Riigikantselei, lk 5
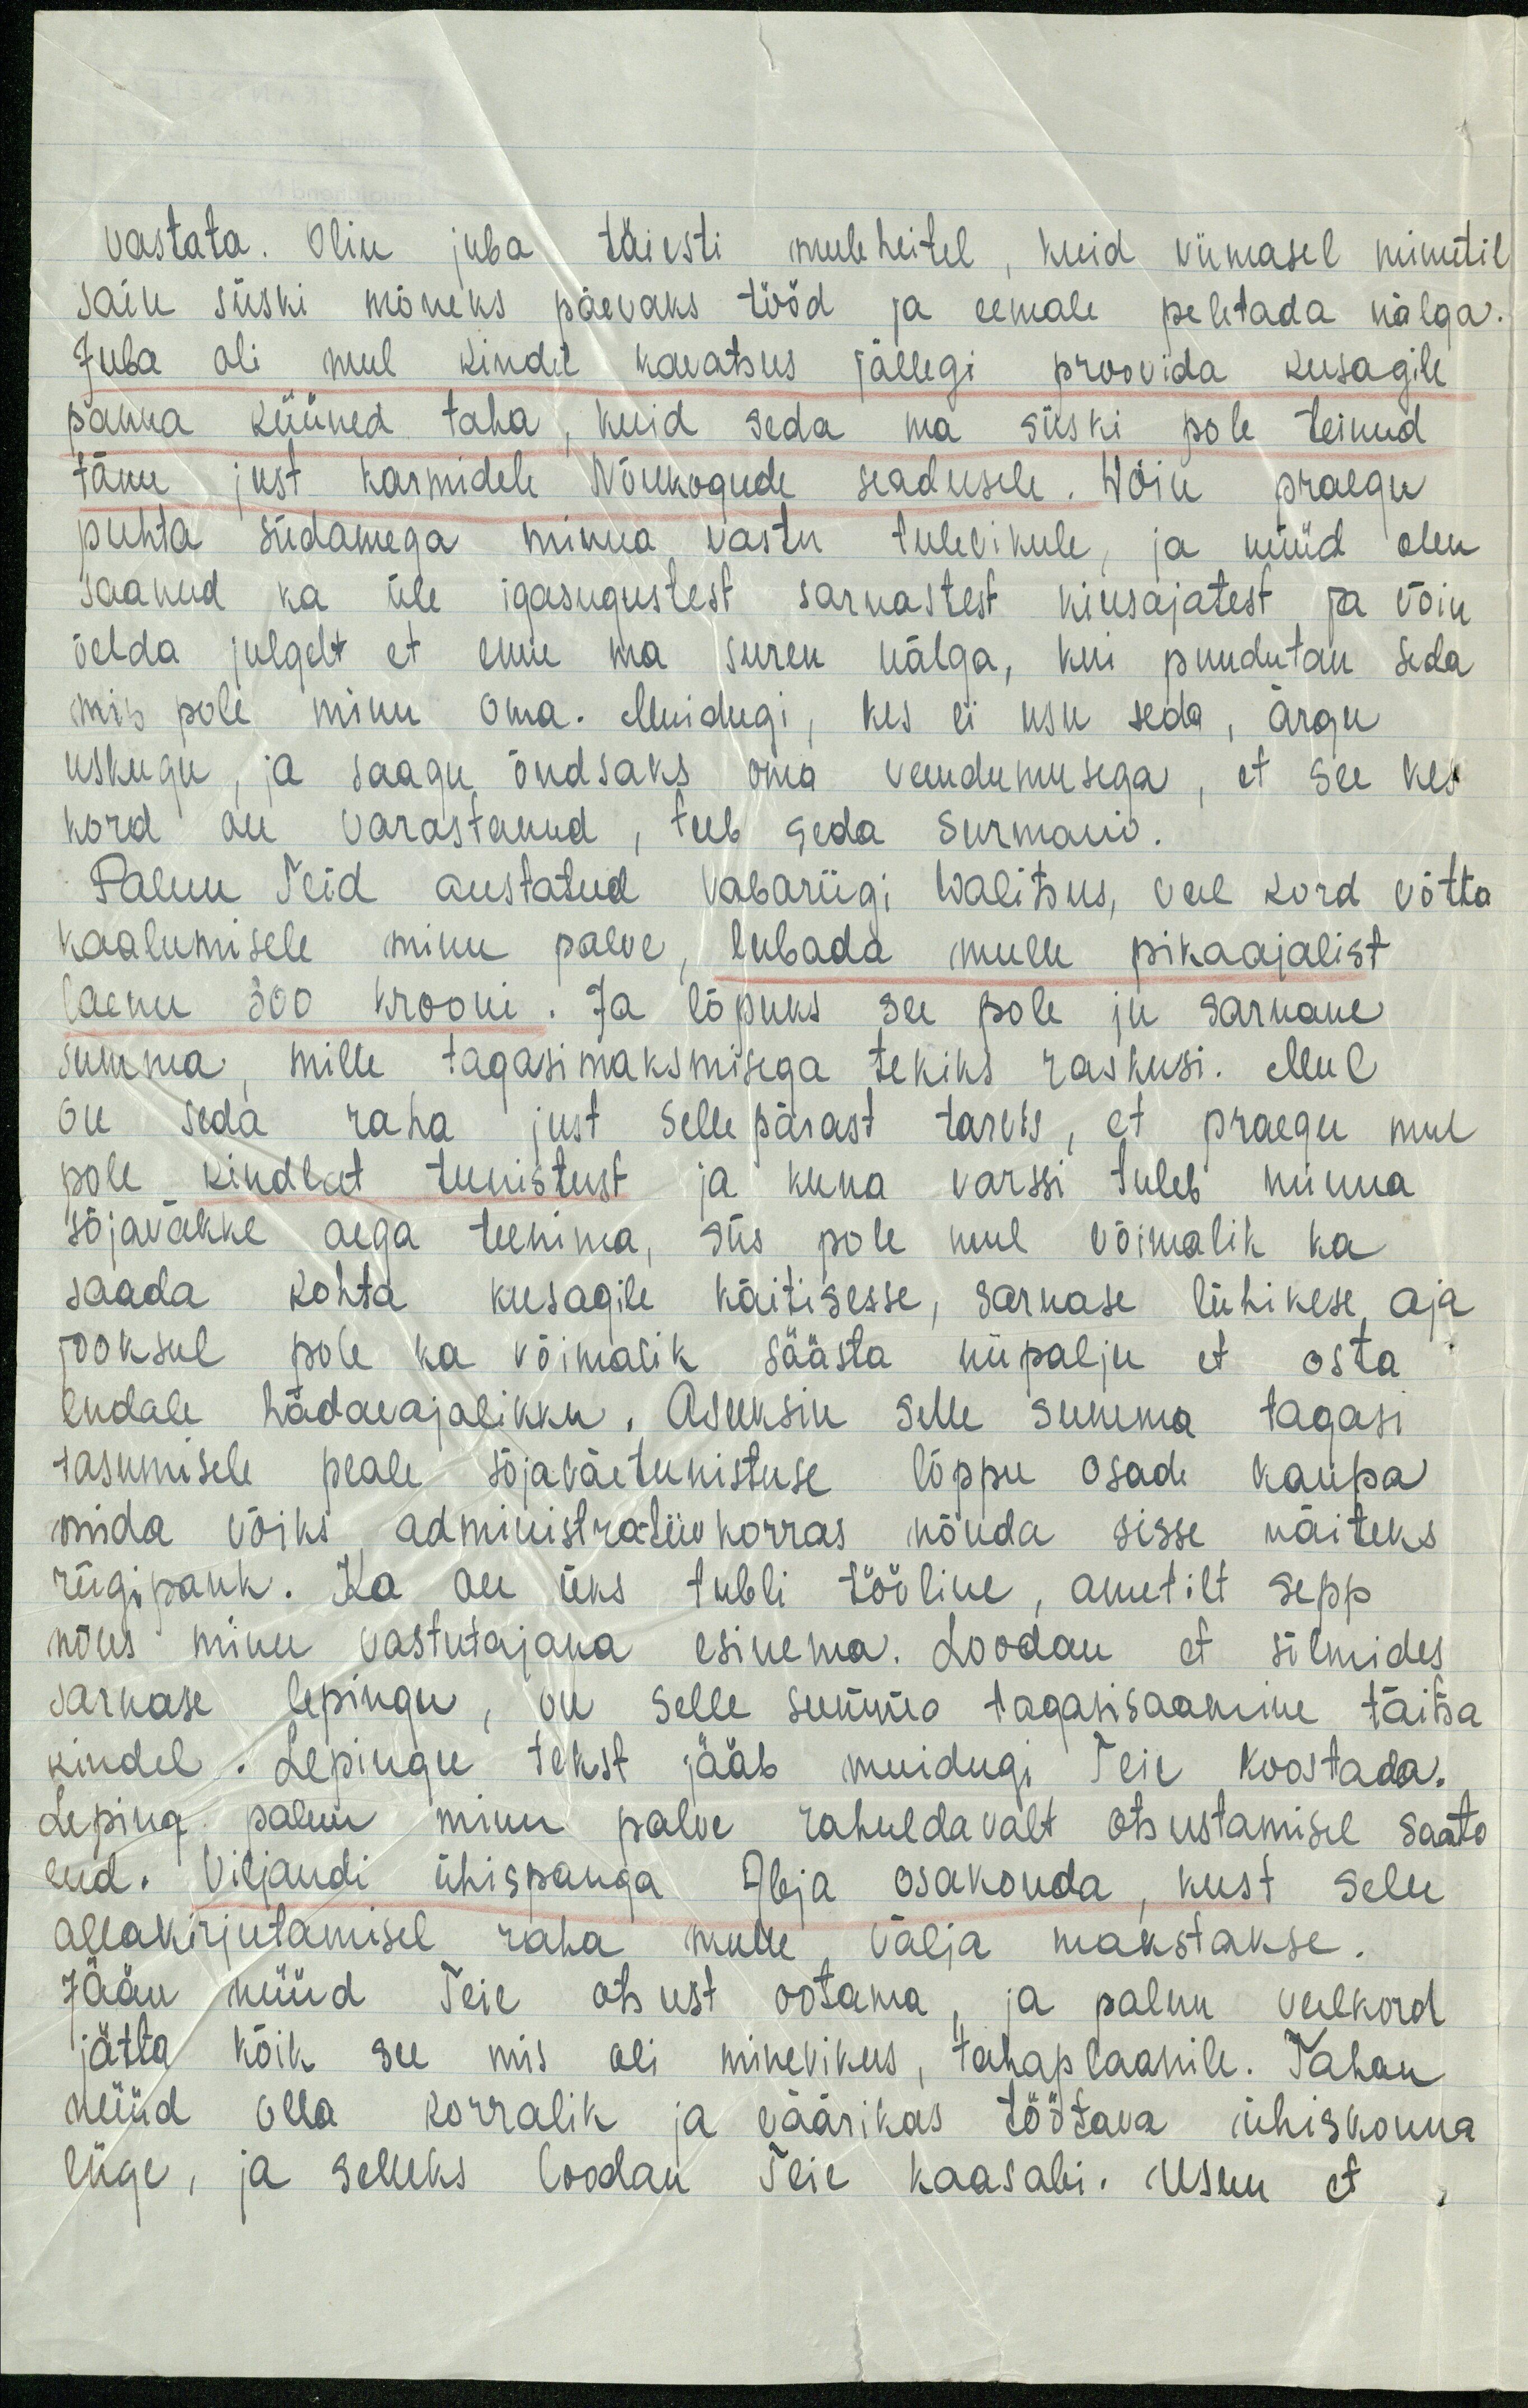
vastata. Olin juba täiesti meeleheitel, kuid viimasel minutil
sain siiski mõneks päevaks tööd ja eemale peletada nälga.
Juba oli mul kindel kavatsus jällegi proovida kusagile
panna küüned taha, kuid seda ma siiski pole teinud
tänu just karmidele Nõukogude seadusele. Wõin praegu
puhta südamega minna vastu tulevikule, ja nüüd olen
saanud ka üle igasugustest sarnastest kiusajatest ja võin
öelda julgelt et enne ma suren nälga, kui puudutan seda
mis pole minu oma. Muidugi, kes ei usu seda, ärgu
uskugu, ja saagu õudsaks oma vendumustega, et see kes
kord on varastanud, teeb seda surmani.
Palun Teid austatud Vabariigi Walitsus, veel kord võtta
kaalumisele minu palve, lubada mulle pikaajalist
laenu 300 krooni. Ja lõpuks see pole ju sarnane
summa, mille tagasimaksmisega tekiks raskusi. Mul
on seda raha just sellepärast tarvis, et praegu mul
pole kindlat tunistust ja kuna varssi tuleb minna
sõjaväkke aega teenima, siis pole mul võimalik ka
saada kohta kusagile käitisesse, sarnase lühikese aja
jooksul pole ka võimalik säästa niipalju et osta
endale hädavajalikku. Asuksin selle summa tagasi
tasumisele peale sõjaväetunistuse lõppu osade kaupa
mida võiks administratiivkorras nõuda sisse näiteks
riigipank. Ka on üks tubli tööline, ametilt sepp
nõus minu vastutajana esinema. Loodan et sõlmides
sarnase lepingu, on selle summa tagasi saamine täitsa
kindel. Lepingu tekst jääb muidugi Teie koostada.
Leping palun minu palve rahuldavalt otsustamisel saata
end. Viljandi ühispanga Abja osakonda, kust selle-
allakirjutamisel raha mulle, välja makstakse.
Jään nüüd Teie otsust ootama, ja palun veelkord
jätta kõik see mis oli minevikus, tahaplaanile. Tahan
nüüd olla korralik ja väärikas töötava ühiskonna
liige, ja selleks loodan Teie kaasabi. Usun et